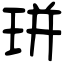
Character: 㻂